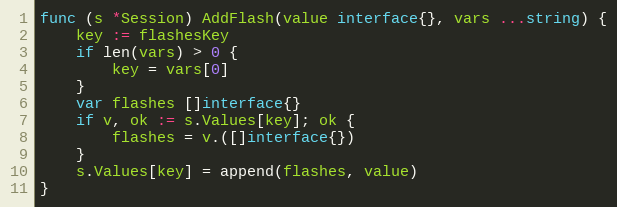
Language: Go
func (s *Session) AddFlash(value interface{}, vars ...string) {
	key := flashesKey
	if len(vars) > 0 {
		key = vars[0]
	}
	var flashes []interface{}
	if v, ok := s.Values[key]; ok {
		flashes = v.([]interface{})
	}
	s.Values[key] = append(flashes, value)
}